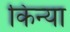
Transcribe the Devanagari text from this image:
किन्या